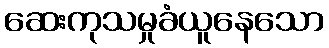
ဆေးကုသမှုခံယူနေသော